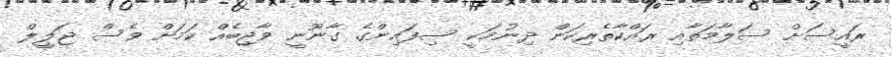
ރައީސަށް ސަލާމަތާއި ރައްކާތެރިކަން ދިނުމަކީ ސިފައިންގެ ގާނޫނީ ވާޖިބެއް ކަމަށް ވެސް ޖަލީލް